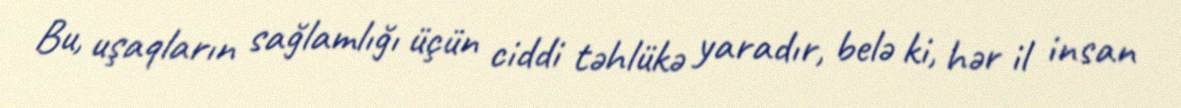
Bu, uşaqların sağlamlığı üçün ciddi təhlükə yaradır, belə ki, hər il insan